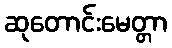
ဆုတောင်းမေတ္တာ